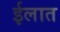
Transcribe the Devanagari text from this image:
ईलात